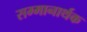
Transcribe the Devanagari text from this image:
सम्मानार्थक